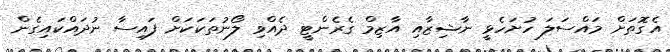
އެގޮތަށް މައްސަލަ ހުށަހެޅީ ނާޝިޒާއި އާޒިމް ގެރެންޓީ ދެއްވި ލޯނުތަކަކަށް ފައިސާ ނުދައްކައިގެން